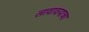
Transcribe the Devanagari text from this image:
लावावयाचा